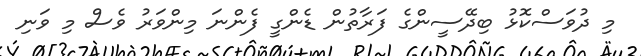
މި ދުވަސްކޮޅު ބިދޭސީންގެ ފަރާތުން ޑެންގީ ފެންނަ މިންވަރު ވެސް މި ވަނި